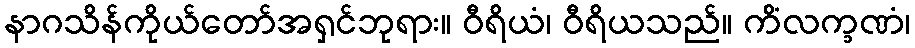
နာဂသိန်ကိုယ်တော်အရှင်ဘုရား။ ဝီရိယံ၊ ဝီရိယသည်။ ကိံလက္ခဏံ၊